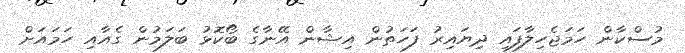
މުސްކާން ހަމަޖެހިލާފައި ދިޔައިރު ފަހަތުން އިޝާން އޭނާގެ ބޯކޮޅު ބަލަމުން ގެއާއި ހަމައަށް